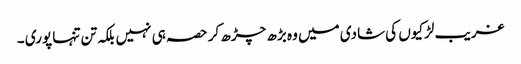
غریب لڑکیوں کی شادی میں وہ بڑھ چڑھ کر حصہ ہی نہیں بلکہ تن تنہا پوری ۔